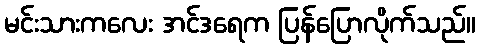
မင်းသားကလေး အင်ဒရေက ပြန်ပြောလိုက်သည်။